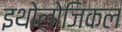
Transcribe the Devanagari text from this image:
इथोलोजिकल